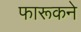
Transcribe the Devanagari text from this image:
फारूकने